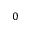
0